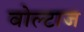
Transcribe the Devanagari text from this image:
वोल्टाज